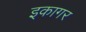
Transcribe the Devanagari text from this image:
इकागर